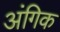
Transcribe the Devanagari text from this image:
अंगिक